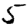
Digit: 5